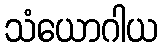
သံယောဂါယ